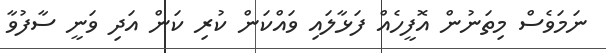
ނަމަވެސް މިތަނުން އޮފީހެއް ފަޅާލައި ވައްކަން ކުރި ކަން އަދި ވަނީ ސާފުވާ